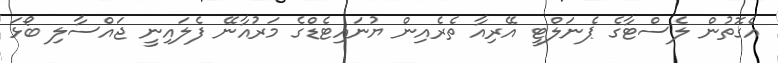
އެގޮތުން ލެސްޓާގެ ޕެނަލްޓީ އޭރިއާ ތެރެއިން ޔުނައިޓެޑްގެ މަރުއާނޭ ފެލައިނީ ޖައްސާލި ބޯޅަ